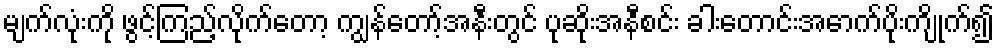
မျက်လုံးကို ဖွင့်ကြည့်လိုက်တော့ ကျွန်တော့်အနီးတွင် ပုဆိုးအနီစင်း ခါးတောင်းအောက်ပိုးကျိုက်၍